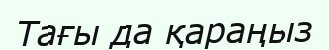
Тағы да қараңыз